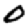
Digit: 0